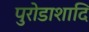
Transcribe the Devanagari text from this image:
पुरोडाशादि